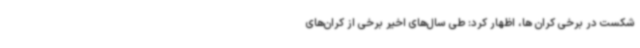
شکست در برخی کران ها، اظهار کرد: طی سال‌های اخیر برخی از کران‌های